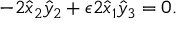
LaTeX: - 2 \hat { x } _ { 2 } \hat { y } _ { 2 } + \epsilon 2 \hat { x } _ { 1 } \hat { y } _ { 3 } = 0 .